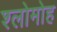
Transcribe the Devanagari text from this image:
श्लोमोह